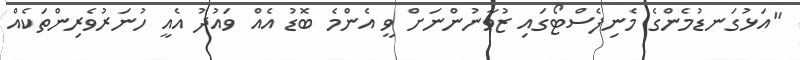
"އަޅުގަނޑުމެންގެ މެނިފެސްޓޯގައި ޒުވާނުންނަށް ވީ އެންމެ ބޮޑު އެއް ވައުދު އެއީ ހުނަރުވެރިންތަކެއް